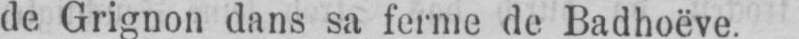
de Grignon dans sa ferme de Badhoëve.